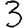
Digit: 3